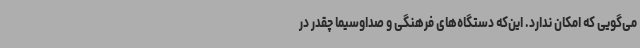
می‌گویی که امکان ندارد. این‌که دستگاه‌های فرهنگی و صداوسیما چقدر در